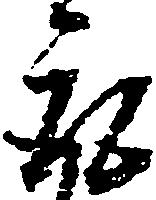
取